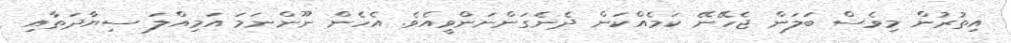
އިތުރުން މިވެސް ބަލަން ޖެހޭނޭ ކަމެއްކަން ދެނެގަންނަންވީއެވެ. އެހެން ނޫންނަމަ އަމިއްލަ ސިޔާދަތާއި